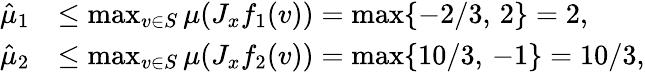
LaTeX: \begin{array}{rl}{\hat{\mu}_{1}}&{\leq\operatorname*{max}_{v\in S}\mu(J_{x}f_{1}(v))=\operatorname*{max}\{ -2/3,\, 2\} =2,}\\ {\hat{\mu}_{2}}&{\leq\operatorname*{max}_{v\in S}\mu(J_{x}f_{2}(v))=\operatorname*{max}\{ 10/3,\, -1\} =10/3,}\end{array}